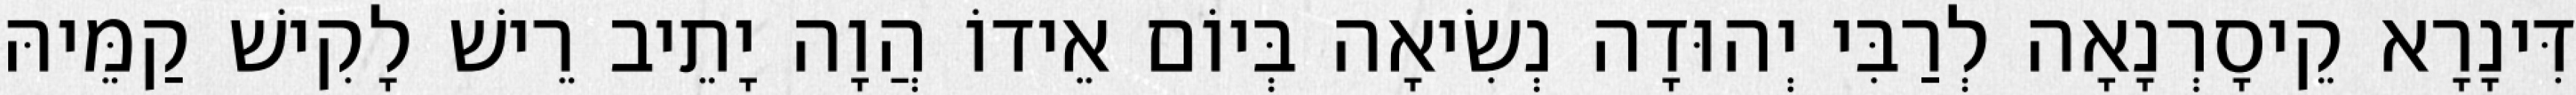
דִּינָרָא קֵיסָרְנָאָה לְרַבִּי יְהוּדָה נְשִׂיאָה בְּיוֹם אֵידוֹ הֲוָה יָתֵיב רֵישׁ לָקִישׁ קַמֵּיהּ